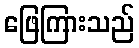
ဖြေကြားသည်